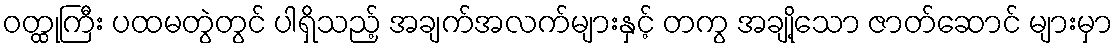
ဝတ္ထုကြီး ပထမတွဲတွင် ပါရှိသည့် အချက်အလက်များနှင့် တကွ အချို့သော ဇာတ်ဆောင် များမှာ